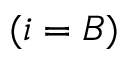
( i = B )